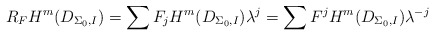
\begin{align*} R_FH^m(D_{\Sigma_0,I})=\sum F_jH^m(D_{\Sigma_0,I})\lambda^{j}=\sum F^jH^m(D_{\Sigma_0,I})\lambda^{-j}\end{align*}